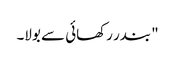
" بندر رکھائی سے بولا۔